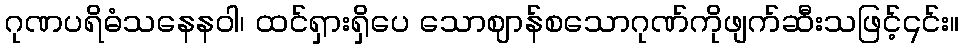
ဂုဏပရိဓံသနေနဝါ၊ ထင်ရှားရှိပေ သောဈာန်စသောဂုဏ်ကိုဖျက်ဆီးသဖြင့်၎င်း။